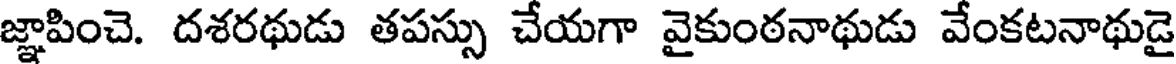
జ్ఞాపించె. దశరథుడు తపస్సు చేయగా వైకుంఠనాథుడు వేంకటనాథుడై